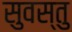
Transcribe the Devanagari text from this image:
सुवस्तु